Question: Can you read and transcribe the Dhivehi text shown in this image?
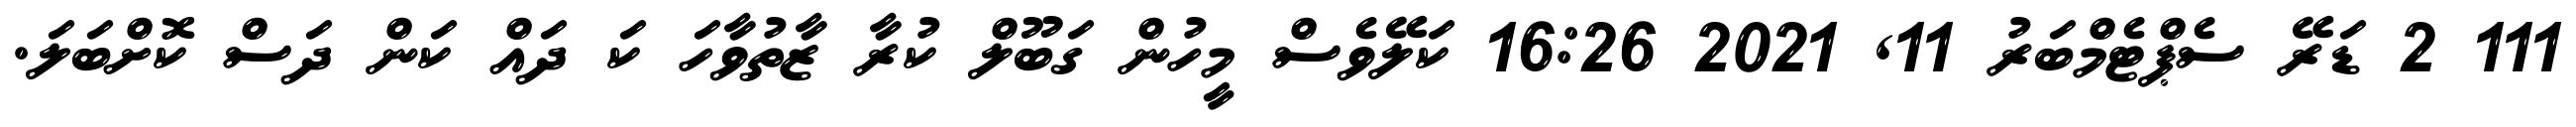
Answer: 111 2 ޑަރޭ ސެޕްޓެމްބަރު 11, 2021 16:26 ކަލޭވެސް މީހުން ގަބޫލް ކުރާ ޒާތުވާހަ ކަ ދައް ކަން ދަސް ކޮށްބަލަ.